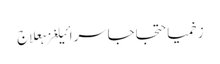
زخمیاحتجاجاسرائیلغزہعلاج